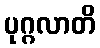
ပုဂ္ဂလာတိ